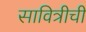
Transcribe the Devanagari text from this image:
सावित्रीची